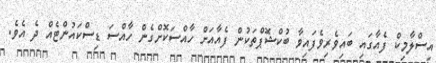
އިސްލާމިކް ފެއާގައި ބައިވެރިވެފައިވާ ބުކްޝޮޕްތަކުން ފެއާއަށް ހާއްސަކޮށްގެން ހާއްސަ ޑިސްކައުންޓެއް ދެ އެވެ.